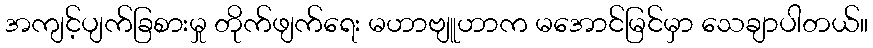
အကျင့်ပျက်ခြစားမှု တိုက်ဖျက်ရေး မဟာဗျူဟာက မအောင်မြင်မှာ သေချာပါတယ်။